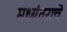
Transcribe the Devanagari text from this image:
मध्यंतराचे